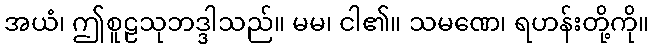
အယံ၊ ဤစူဠသုဘဒ္ဒါသည်။ မမ၊ ငါ၏။ သမဏေ၊ ရဟန်းတို့ကို။